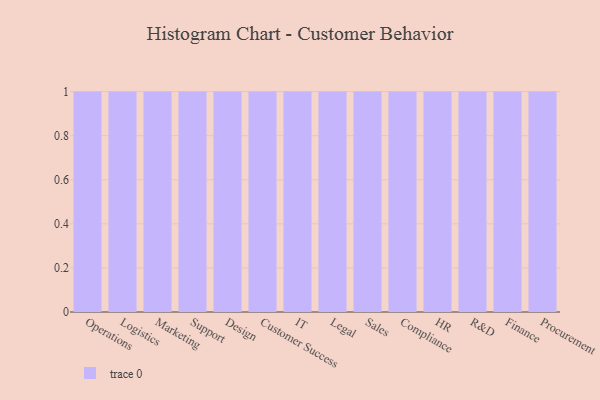
{"axis": {"x": "Department", "y": "Market Share (%)"}, "legend": [""], "data": [{"x": "Operations", "y": 49, "type": ""}, {"x": "Logistics", "y": 59, "type": ""}, {"x": "Marketing", "y": 50, "type": ""}, {"x": "Support", "y": 68, "type": ""}, {"x": "Design", "y": 100, "type": ""}, {"x": "Customer Success", "y": 66, "type": ""}, {"x": "IT", "y": 61, "type": ""}, {"x": "Legal", "y": 84, "type": ""}, {"x": "Sales", "y": 98, "type": ""}, {"x": "Compliance", "y": 19, "type": ""}, {"x": "HR", "y": 97, "type": ""}, {"x": "R&D", "y": 43, "type": ""}, {"x": "Finance", "y": 95, "type": ""}, {"x": "Procurement", "y": 79, "type": ""}]}